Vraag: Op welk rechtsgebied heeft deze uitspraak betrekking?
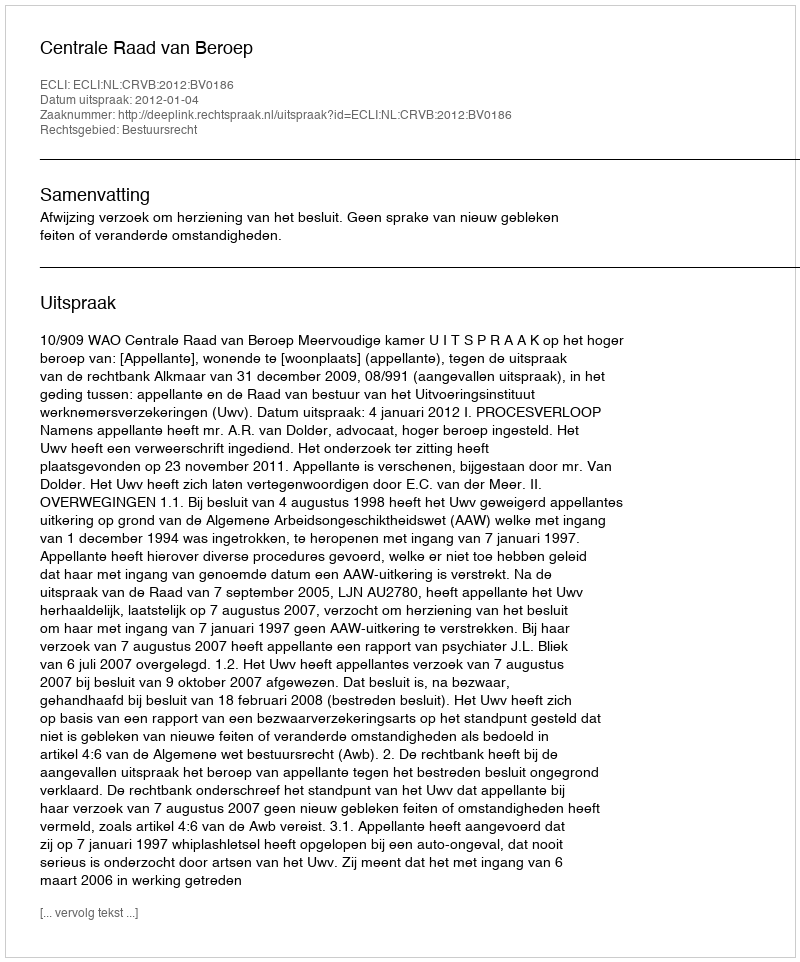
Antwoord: Bestuursrecht